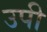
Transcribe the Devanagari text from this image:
उपी